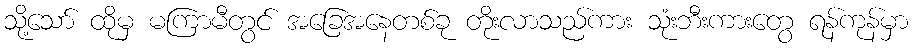
သို့သော် ထိုမှ မကြာမီတွင် အခြေအနေတစ်ခု တိုးလာသည်ကား သုံးဘီးကားတွေ ရန်ကုန်မှာ